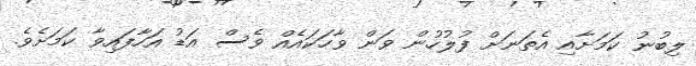
ލިބުނު ކަމަށާއި އެތަނަށް ފުލުހުން ވަން ވާހަކައެއް ވެސް އަޑު އަހާފައިވާ ކަމަށެވެ.